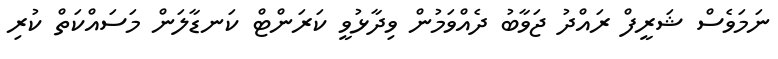
ނަމަވެސް ޝަރީފް ރައްދު ޖަވާބު ދެއްވަމުން ވިދާޅުވީ ކަރަންޓް ކަނޑާލަން މަސައްކަތް ކުރި